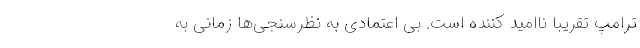
ترامپ تقریباً ناامید کننده است. بی اعتمادی به نظرسنجی‌ها زمانی به